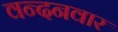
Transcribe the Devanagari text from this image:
वन्‍दनवार